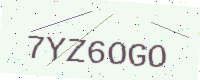
Text: 7YZ6OGO